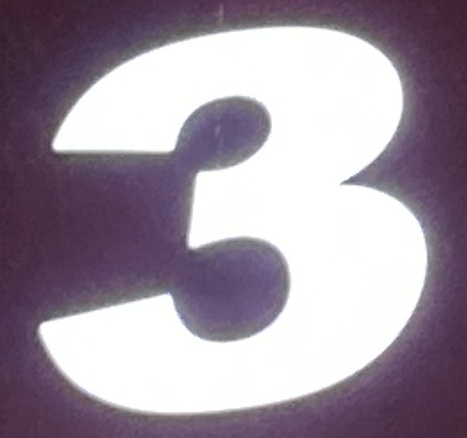
3